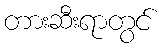
တားဆီးရာတွင်